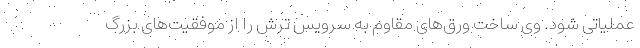
عملیاتی شود. وی ساخت ورق‌های مقاوم به سرویس ترش را از موفقیت‌های بزرگ